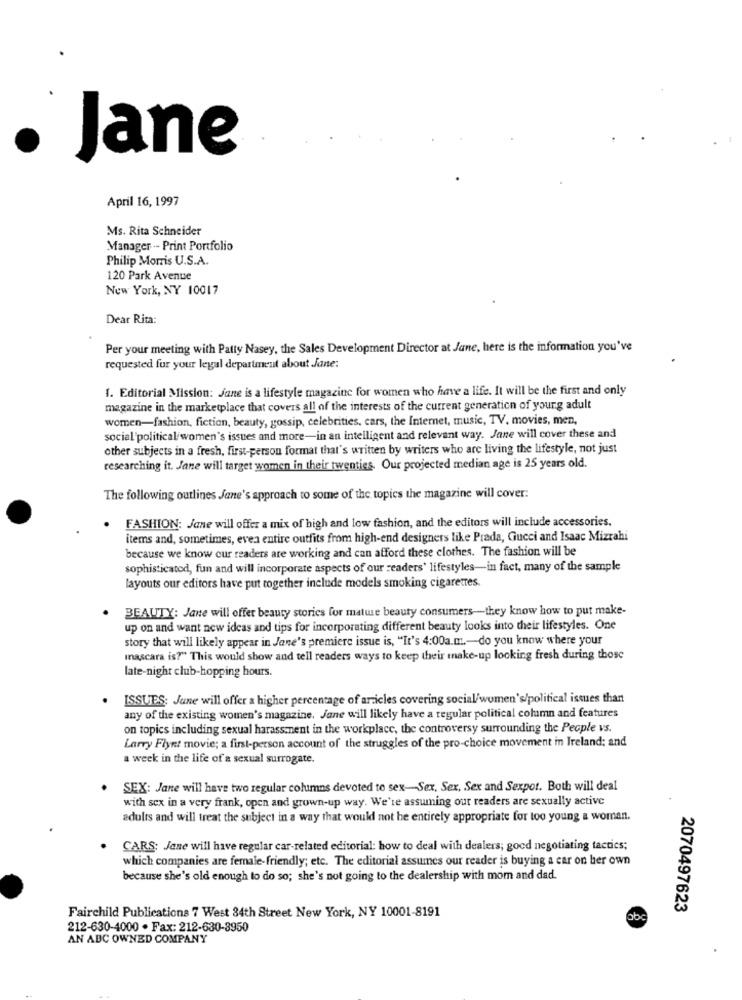
Jane
April 16, 1997
Ms. Rita Schneider
Manager .- Print Portfolio
Philip Morris U.S.A.
120 Park Avenue
New York, NY 10017
Dear Rita:
Per your meeting with Patty Nasey, the Sales Development Director at Jane, here is the information you've
requested for your legal department about Jane:
1. Editorial Mission: June is a lifestyle magazine for women who have a life. It will be the first and only
magazine in the marketplace that covers all of the interests of the current generation of young adult
women-fashion, fiction, beauty, gossip, celebrities, cars, the Internet, music, TV, movies, men,
social political women's issues and more-in an intelligent and relevant way. Jane will cover these and
other subjects in a fresh, first-person format that's written by writers who are living the lifestyle, not just
researching it. Jane will target women in their twenties. Our projected median age is 25 years old.
The following outlines Jane's approach to some of the topics the magazine will cover:
.
FASHION: Jane will offer a mix of high and low fashion, and the editors will include accessories.
items and, sometimes, even entire outfits from high-end designers like Prada, Gucci and Isaac Mizrahi
because we know our readers are working and can afford these clothes. The fashion will be
sophisticated, fun and will incorporate aspects of our readers' lifestyles-in fact, many of the sample
layouts our editors have put together include models smoking cigarettes.
BEAUTY: Jane will offer beauty stories for matwe beauty consumers-they know how to put make-
up on and want new ideas and tips for incorporating different beauty looks into their lifestyles. One
story that will likely appear in Jane's premiere issue is, "It's 4:00a.m .- do you know where your
mascara is?" This would show and tell readers ways to keep their make-up looking fresh during those
late-night club-hopping hours.
ISSUES: June will offer a higher percentage of articles covering social/women's/political issues than
any of the existing women's magazine, Jane will likely have a regular political column and features
on topics including sexual harassment in the workplace, the controversy surrounding the People vs.
Larry Flynt movie; a first-person account of the struggles of the pro-choice movement in Ireland; and
a week in the life of a sexual surrogate.
SEX: Jane will have two regular columns devoted to sex-Sex, Sex, Sex and Sexpor. Both will deal
with sex in a very frank, open and grown-up way. We're assuming our readers are sexually active
adults and will treat the subject in a way that would not be entirely appropriate for too young a woman.
CARS: Jane will have regular car-related editorial: how to deal with dealers; good negotiating tactics;
which companies are female-friendly; etc. The editorial assumes our reader is buying a car on her own
because she's old enough to do so; she's not going to the dealership with mom and dad.
2070497623
Fairchild Publications 7 West 34th Street New York, NY 10001-8191
212-630-4000 · Fax: 212-630-3950
AN ABC OWNED COMPANY